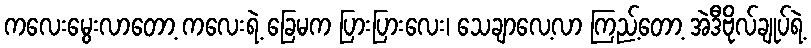
ကလေးမွေးလာတော့ ကလေးရဲ့ ခြေမက ပြားပြားလေး၊ သေချာလေ့လာ ကြည့်တော့ အဲဒီဗိုလ်ချုပ်ရဲ့